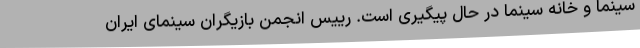
سینما و خانه سینما در حال پیگیری است. رییس انجمن بازیگران سینمای ایران